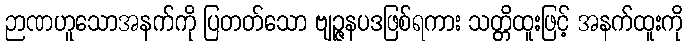
ဉာဏဟူသောအနက်ကို ပြတတ်သော ဗျဉ္ဇနပဒဖြစ်ရကား သတ္တိထူးဖြင့် အနက်ထူးကို